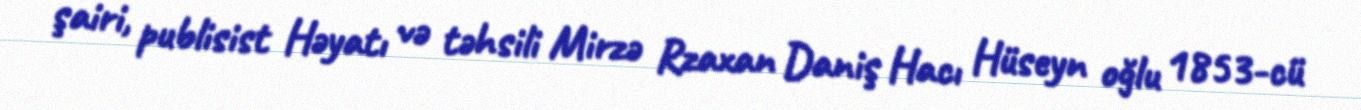
şairi, publisist Həyatı və təhsili Mirzə Rzaxan Daniş Hacı Hüseyn oğlu 1853-cü